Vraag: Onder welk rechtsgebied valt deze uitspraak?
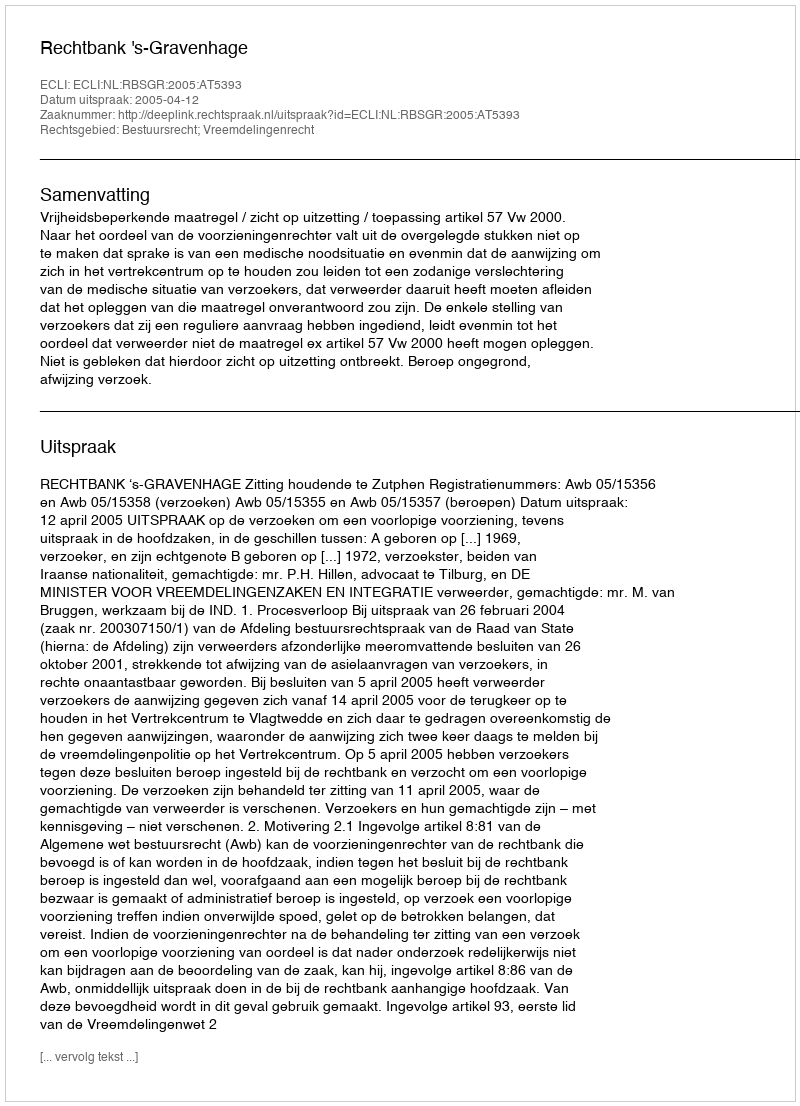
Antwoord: Bestuursrecht; Vreemdelingenrecht